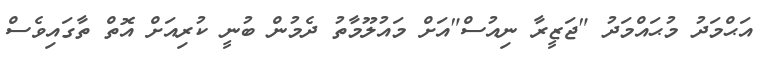
އަޙްމަދު މުޙައްމަދު "ޖަޒީރާ ނިއުސް"އަށް މައުލޫމާތު ދެމުން ބުނީ ކުރިއަށް އޮތް ތާގައިވެސް